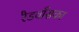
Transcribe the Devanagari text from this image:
रैडवाँसका